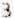
3